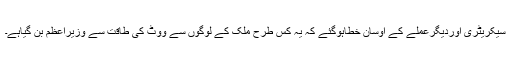
سیکریٹری اوردیگرعملے کے اوسان خطاہوگئے کہ یہ کس طرح ملک کے لوگوں سے ووٹ کی طاقت سے وزیراعظم بن گیاہے۔